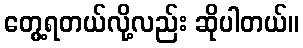
တွေ့ရတယ်လို့လည်း ဆိုပါတယ်။